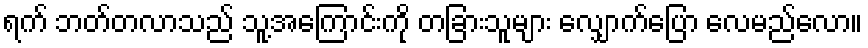
ရက် ဘတ်တလာသည် သူ့အကြောင်းကို တခြားသူများ လျှောက်ပြော လေမည်လော။